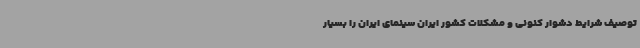
توصیف شرایط دشوار کنونی و مشکلات کشور ایران سینمای ایران را بسیار